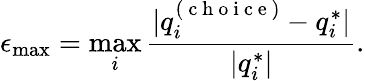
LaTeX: \epsilon_{\mathrm{max}}=\operatorname*{max}_{i}\frac{|q_{i}^{(\mathrm{~c~h~o~i~c~e~})}-q_{i}^{*}|}{|q_{i}^{*}|}.